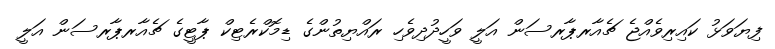
ފިޔަވަޅު ކައިރިވެއްޖެ ޗެއާރޕާރސަން އަލީ ވަހީދުދިވެހި ރައްޔިތުންގެ ޑިމޮކްރެޓިކް ޕާޓީގެ ޗެއާރޕާރސަން އަލީ